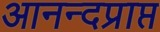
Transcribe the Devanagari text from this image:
आनन्दप्राप्त